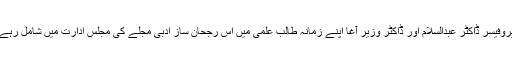
پروفیسر ڈاکٹر عبدالسلام اور ڈاکٹر وزیر آغا اپنے زمانہ طالب علمی میں اس رجحان ساز ادبی مجلے کی مجلس ادارت میں شامل رہے۔